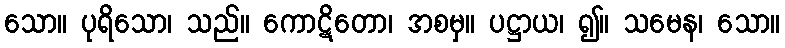
သော။ ပုရိသော၊ သည်။ ကောဋိတော၊ အစမှ။ ပဋ္ဌာယ၊ ၍။ သမေန၊ သော။